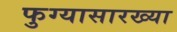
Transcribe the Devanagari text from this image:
फुग्यासारख्या